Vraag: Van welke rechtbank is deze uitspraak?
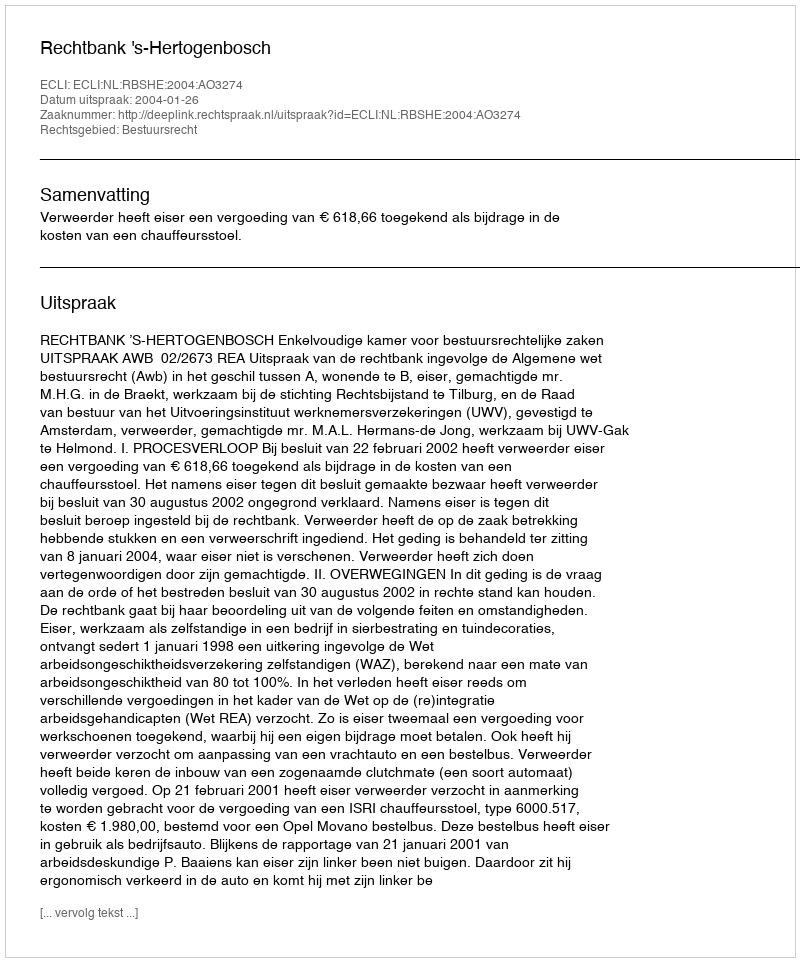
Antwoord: Rechtbank 's-Hertogenbosch